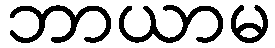
ဘာယာမ